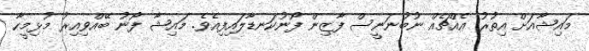
މައިޝާއަށް އިތުރު އެއްޗެއް ނުބުނަނީސް ފާޒިން ފޯނުކަނޑާލައިފިއެވެ. މައިޝާ ފޯނު ބޭއްވިއިރު މުޅިމީހާ